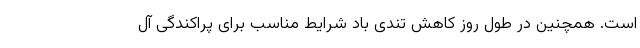
است. همچنین در طول روز کاهش تندی باد شرایط مناسب برای پراکندگی آل